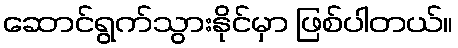
ဆောင်ရွက်သွားနိုင်မှာ ဖြစ်ပါတယ်။